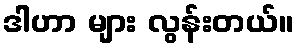
ဒါဟာ များ လွန်းတယ်။